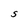
Character: S